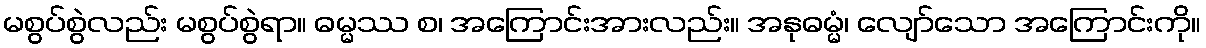
မစွပ်စွဲလည်း မစွပ်စွဲရာ။ ဓမ္မဿ စ၊ အကြောင်းအားလည်း။ အနုဓမ္မံ၊ လျော်သော အကြောင်းကို။